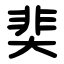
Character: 奜